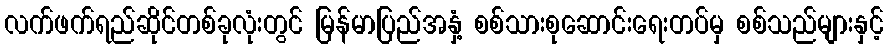
လက်ဖက်ရည်ဆိုင်တစ်ခုလုံးတွင် မြန်မာပြည်အနှံ့ စစ်သားစုဆောင်းရေးတပ်မှ စစ်သည်များနှင့်